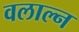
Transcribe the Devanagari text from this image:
वलाल्न